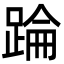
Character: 踚